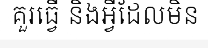
គួរធ្វើ និងអ្វីដែលមិន